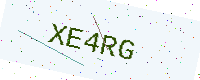
Text: XE4RG